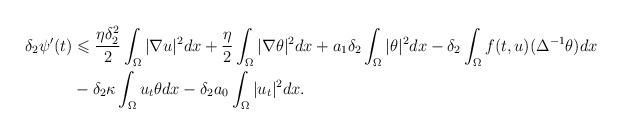
LaTeX: \begin{align*}\delta_2\psi'(t)&\leqslant \dfrac{\eta\delta_2^2}{2}\int_\Omega|\nabla u|^2dx+\dfrac{\eta}{2}\int_\Omega|\nabla \theta|^2dx+a_1\delta_2\int_\Omega|\theta|^2dx-\delta_2\int_\Omega f(t,u)(\Delta^{-1}\theta)dx\\&-\delta_2\kappa\int_\Omega u_t\theta dx-\delta_2a_0\int_\Omega|u_t|^2dx.\end{align*}